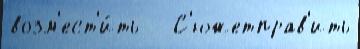
возм'ест'и́ть   С'южетправ'ить